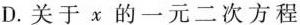
D.关于x的一元二次方程